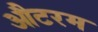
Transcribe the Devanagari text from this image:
औटरम